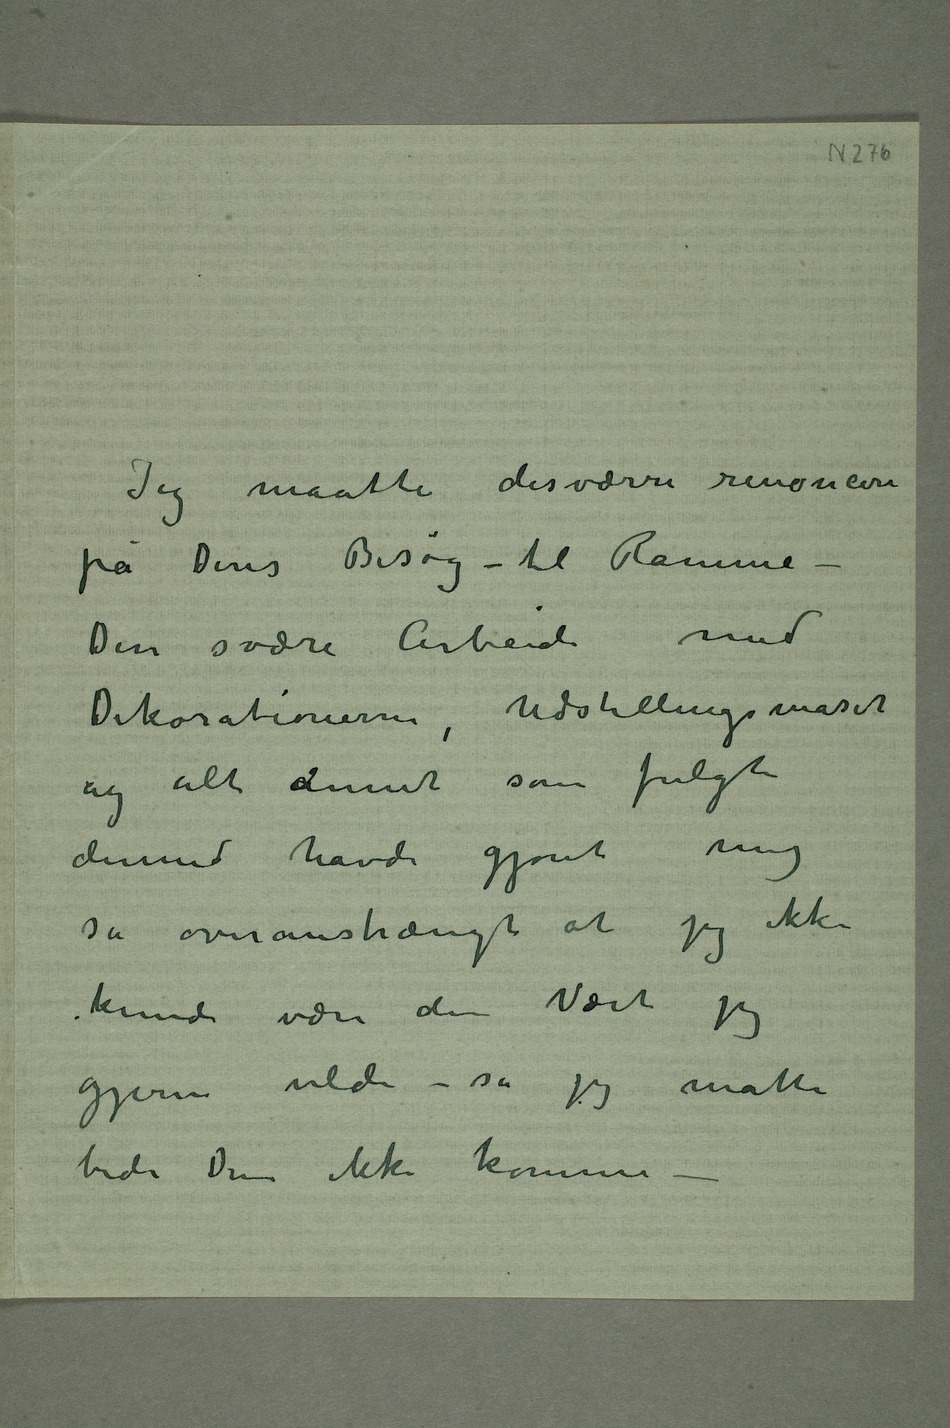
Jeg maatte desværre renoncere
på Deres Besøg – til Ramme
– Den svære Arbeide med
Dekorationerne, Udstillingsmaset
og alt dannet som fulgte
dermed havde gjort mig
så overanstrængt at jeg ikke
kunde være den Vært jeg
gjerne vilde – så jeg måtte
bede Dem ikke komme –